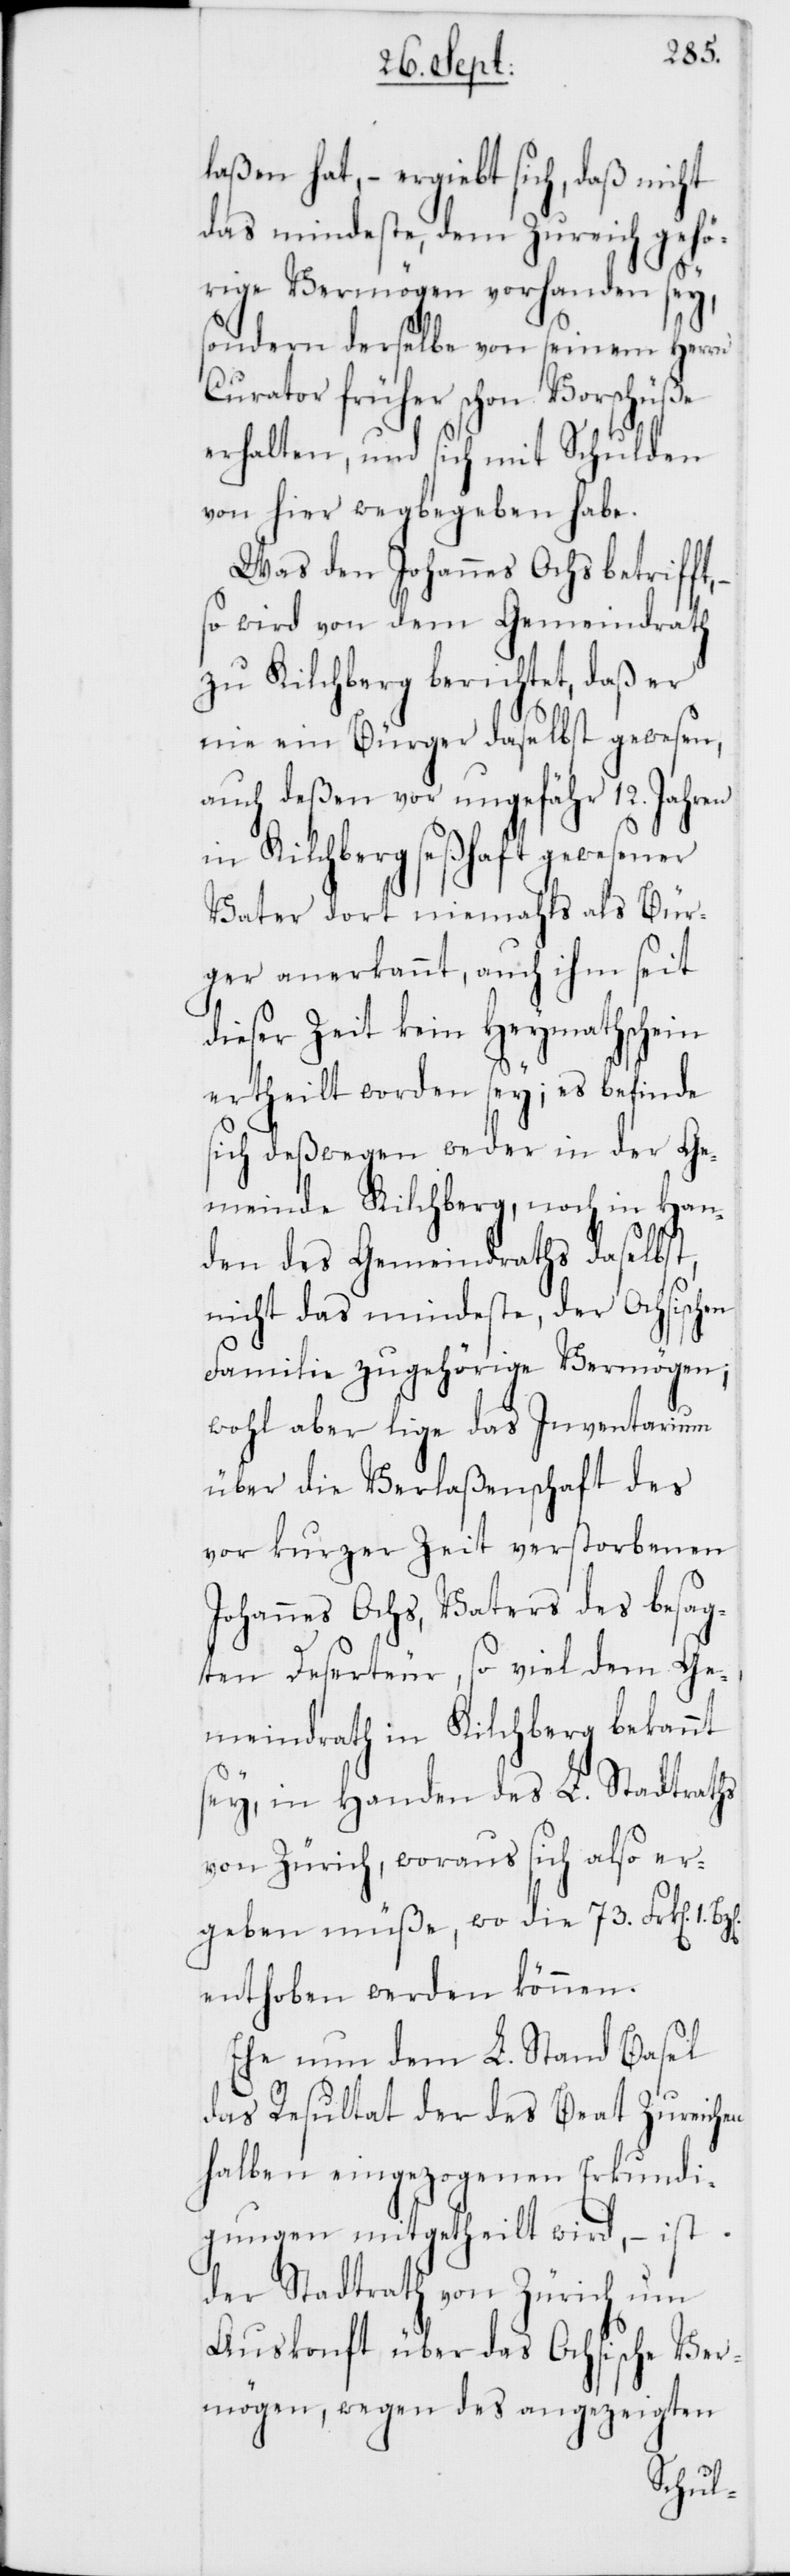
laßen hat, – ergiebt sich, daß nicht
das mindeste, dem Zureich gehö¬
rige Vermögen vorhanden sey,
sondern derselbe von seinem Herrn
Curator früher schon Vorschüße
erhalten, und sich mit Schulden
von hier wegbegeben habe.
Was den Johannes Ochs betrifft,
so wird von dem Gemeindrath
zu Kilchberg berichtet, daß er
nie ein Bürger daselbst gewesen,
auch deßen vor ungefähr 12. Jahren
in Kilchberg seßhaft gewesener
Vater dort niemahls als Bür¬
ger anerkannt, auch ihm seit
dieser Zeit kein Heymathschein
ertheilt worden sey; es befinde
sich deßwegen weder in der Ge¬
meinde Kilchberg, noch in Han¬
den des Gemeindraths daselbst,
nicht das mindeste, der Ochsischen
Familie zugehörige Vermögen;
wohl aber lige das Inventarium
über die Verlaßenschaft des
vor kurzer Zeit verstorbenen
Johannes Ochs, Vaters des besag¬
ten Deserteur, so viel dem Ge¬
meindrath in Kilchberg bekannt
sey, in Handen des L. Stadtraths
von Zürich, woraus sich also er¬
geben müße, wo die 73. Frk[en] 1.
enthoben werden können.
Ehe nun dem L. Stand Basel
das Resultat der des Beat Zureichen
halben eingezogenen Erkundi¬
gungen mitgetheilt wird, – ist
der Stadtrath von Zürich um
Auskonft über das Ochsische Ver¬
mögen, wegen des angezeigten